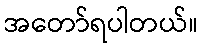
အတော်ရပါတယ်။